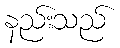
နည်းသည်